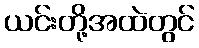
ယင်းတို့အထဲတွင်